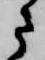
さ